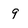
Character: 9